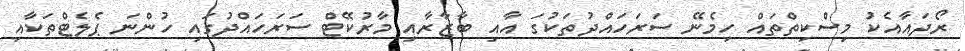
ރޯދައާއެކު މިސްކިތްތައް ހިމެނޭ ސަރަހައްދުތަކުގަ އާއި ބާޒާރާއި މާރުކޭޓް ސަރަހައްދުގައި ހުންނަ ޕެލެޓްތަކާއި